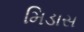
મિડાસ